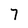
Character: 7